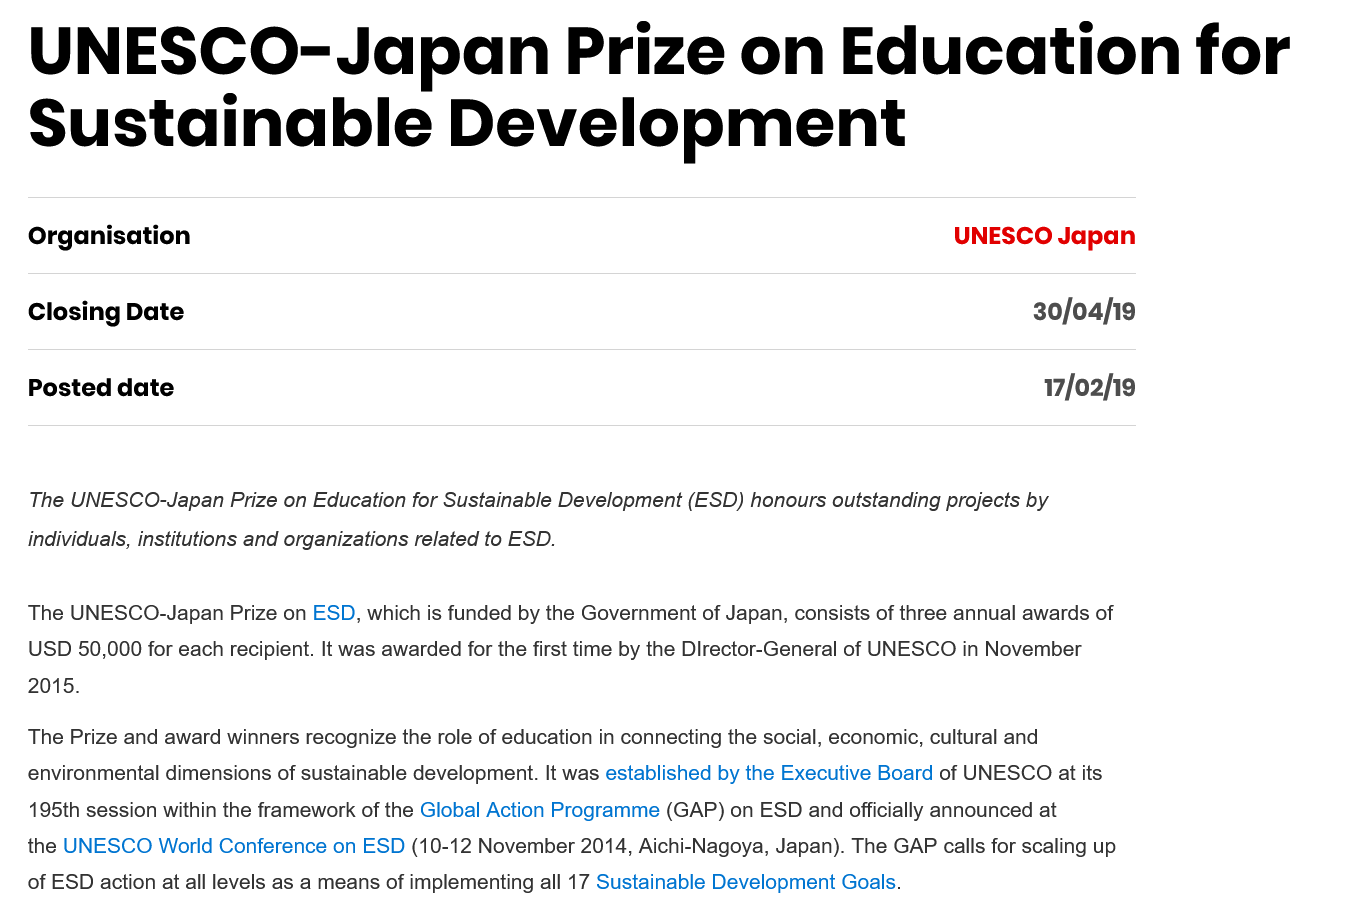
UNESCO-    Japan    Prize    on    Education    for
   Sustainable    Development
   Organisation
   Closing  Date
   Posted  date
     UNESCO   Japan
     30/04/19
     17/o2/19
   The UNESCO-Japan Prize on Education for Sustainable Development (ESD) honours outstanding projects by
   individuals, institutions and organizations related to ESD.
   The UNESCO-Japan Prize on ESD, which is funded by the Government of Japan, consists of three annual awards of
   USD  50,000 for each recipient. It was awarded for the first time by the Director-General of UNESCO in November
   2015.
   The Prize and award winners recognize the role of education in connecting the social, economic, cultural and
   environmental dimensions of sustainable development. It was established by the Executive Board of UNESCO at its
   195th session within the framework of the Global Action Programme (GAP) on ESD and officially announced at
   the UNESCO  World Conference on ESD (10-12 November 2014, Aichi-Nagoya, Japan). The GAP calls for scaling up
   of ESD action at all levels as a means of implementing all 17 Sustainable Development Goals.